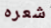
شعره